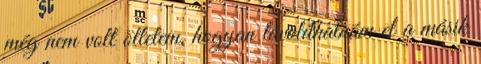
még nem volt ötletem, hogyan távolíthatnám el a másik